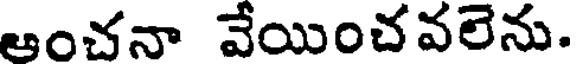
ఆంచనా వేయించవలెను.